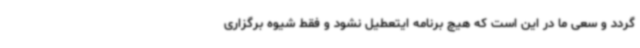
گردد و سعی ما در این است که هیچ برنامه ایتعطیل نشود و فقط شیوه برگزاری